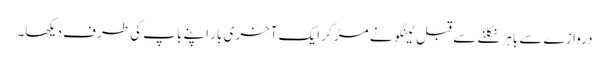
دروازے سے باہر نکلنے سے قبل ٹینگو نے مڑ کر ایک آخری بار اپنے باپ کی طرف دیکھا۔